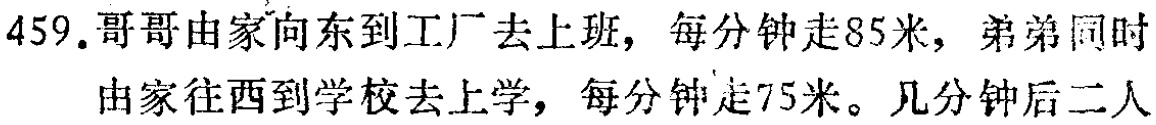
459.哥哥由家向东到工厂去上班，每分钟走85米，弟弟同时由家往西到学校去上学，每分钟走75米。几分钟后二人